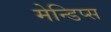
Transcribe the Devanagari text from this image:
मेन्डिप्स